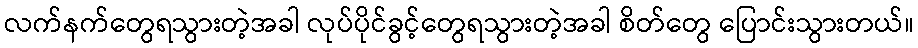
လက်နက်တွေရသွားတဲ့အခါ လုပ်ပိုင်ခွင့်တွေရသွားတဲ့အခါ စိတ်တွေ ပြောင်းသွားတယ်။